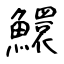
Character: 鱞